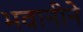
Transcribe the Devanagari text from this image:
भवानीने